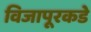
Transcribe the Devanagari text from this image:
विजापूरकडे